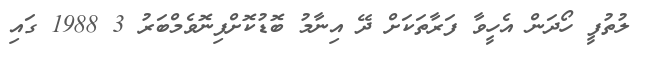
ލުތުފީ ހޯދަން އެހީވާ ފަރާތަކަށް ދޭ އިނާމު ބޮޑުކޮށްފިނޮވެމްބަރު 3 1988 ގައި